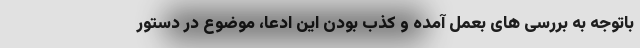
باتوجه به بررسی های بعمل آمده و کذب بودن این ادعا، موضوع در دستور